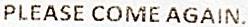
PLEASE COME AGAIN.